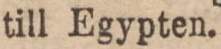
till Egypten.